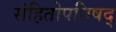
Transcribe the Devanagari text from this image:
संहितोपनिषद्